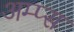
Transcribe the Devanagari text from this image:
अम्प्स